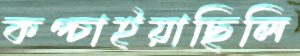
কপ্‌চাইয়াছিলি